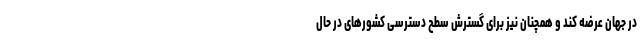
در جهان عرضه کند و همچنان نیز برای گسترش سطح دسترسی کشور‌های در حال